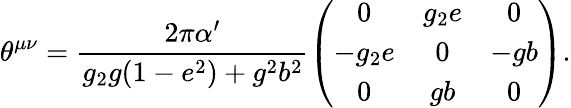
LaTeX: \theta^{\mu\nu}=\frac{2\pi\alpha^{\prime}}{g_{2}g(1-e^{2})+g^{2}b^{2}}\left(\begin{array}{ccc}{{0}}&{{g_{2}e}}&{{0}}\\ {{-g_{2}e}}&{{0}}&{{-gb}}\\ {{0}}&{{gb}}&{{0}}\end{array}\right).